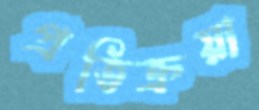
প্রতিক্রয়া